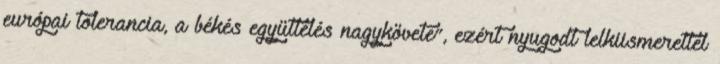
európai tolerancia, a békés együttélés nagykövete”, ezért nyugodt lelkiismerettel